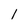
Character: 1